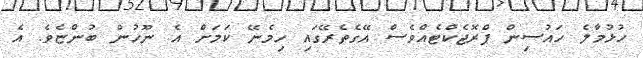
ހުޅުމާލެ ހައުސިން ޕްރޮޖެކްޓެެއްވެސް އޭގެތެރޭގައި ހިމެނޭ ކަމަށް އެ ނޫހުން ބުންޏެވެ. އެ